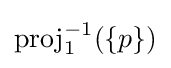
\operatorname {proj} _{1}^{-1}(\{p\})